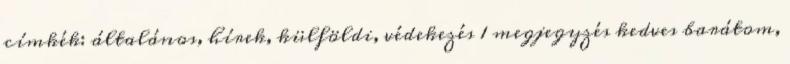
címkék: általános, hírek, külföldi, védekezés 1 megjegyzés kedves barátom,